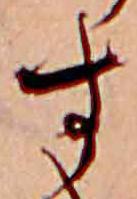
す